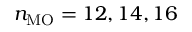
n _ { \mathrm { M O } } = 1 2 , 1 4 , 1 6